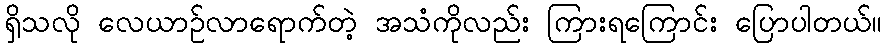
ရှိသလို လေယာဉ်လာရောက်တဲ့ အသံကိုလည်း ကြားရကြောင်း ပြောပါတယ်။